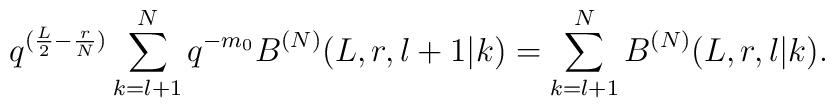
q^{(\frac{L}{2}-\frac{r}{N})}\sum_{k=l+1}^N q^{-m_0}B^{(N)}(L,r,l+1|k)=\sum_{k=l+1}^N B^{(N)}(L,r,l|k).